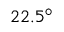
2 2 . 5 ^ { \circ }